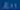
2n